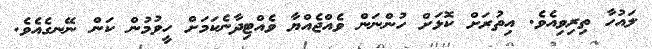
ލައުހާ ތިރިވިއެވެ. އިތުރަށް ކޮޅަށް ހުންނަން ވެއްޖެއްޔާ ވެއްޓިދާނެކަމަށް ހީވުމުން ކަން ނޭނގެއެވެ.